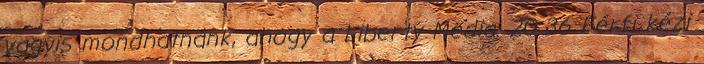
vagyis mondhatnánk, ahogy a Liberty Media. 20:36 Férfi kézi